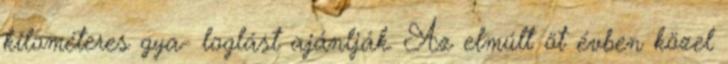
kilométeres gya- loglást ajánlják. Az elmúlt öt évben közel